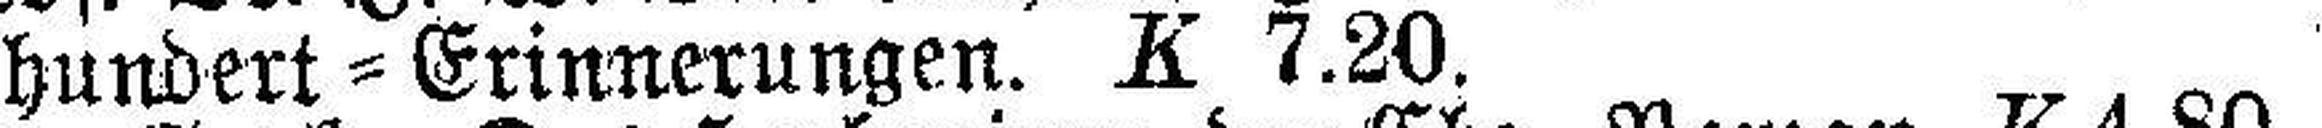
hundert = Erinnerungen. K 7.20.